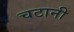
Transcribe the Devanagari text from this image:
चटानी